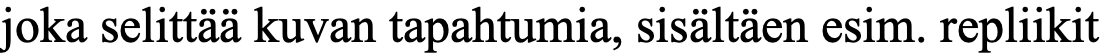
joka selittää kuvan tapahtumia, sisältäen esim. repliikit